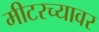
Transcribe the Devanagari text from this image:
मीटरच्यावर